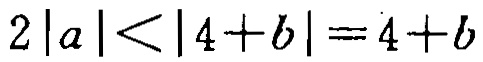
\(2|a|<|4 + b|=4 + b\)